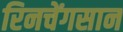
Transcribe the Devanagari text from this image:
रिनचेंगसान